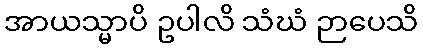
အာယသ္မာပိ ဥပါလိ သံဃံ ဉာပေသိ